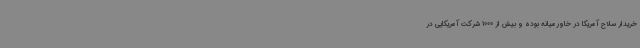
خریدار سلاح آمریکا در خاورمیانه بوده و بیش از 1000 شرکت آمریکایی در